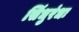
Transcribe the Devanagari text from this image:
सिंधुरंधः